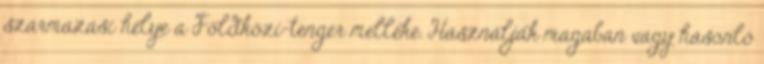
származási helye a Földközi-tenger melléke. Használják magában vagy hasonló